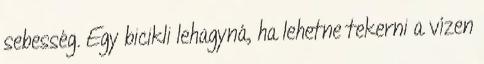
sebesség. Egy bicikli lehagyná, ha lehetne tekerni a vízen